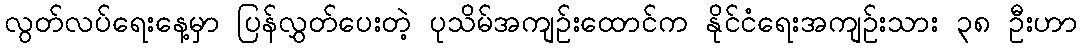
လွတ်လပ်ရေးနေ့မှာ ပြန်လွှတ်ပေးတဲ့ ပုသိမ်အကျဥ်းထောင်က နိုင်ငံရေးအကျဥ်းသား ၃၈ ဦးဟာ